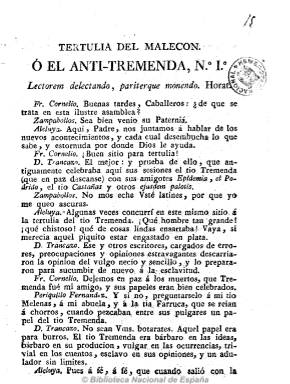
Título: Tertulia del Malecón o El Anti-Tremenda
Otros títulos: Tertulia del Malecón o El Anti Tremenda || El Anti-Tremenda
Colección: Periódicos anteriores a 1850
Ámbito geográfico: Sevilla
Lugar de publicación: Sevilla
Fechas: 01/01/1820-31/12/1820

Como réplica al periódico sevillano El Tío  Tremenda o La Tertulia del Malecón, que el periodista absolutista José María del Río había publicado durante 1812-1814, aparece esta publicación en la primavera de 1820 tras la restauración de la Constitución de Cádiz, con característica sarcástica similar pero de tendencia liberal.

Para combatir el servilismo del Tío Tremenda, utiliza igual estructura formal, es decir, da cuenta de los acontecimientos políticos y contrapone las ideas liberales a través de textos dialogados con diferentes personajes (Fr. Cornelio, Zampabollos, Aleluya o D. Trancazo), utilizando asimismo el lenguaje popular sevillano.

Salió de la imprenta de Puerta anunciándose con frecuencia semanal, en números sin fechar de cuatro u ocho páginas, y no debió de tener larga vida, quizá la misma que su contrincante servil en este periodo, es decir, El Tío Tremenda o La tertulia del barbero, la cabecera que José María del Río se ve obligado adoptar para su periódico en 1820.

El lenguaje de este título y de los otros aquí citados ha sido analizado por Lola Pons Rodríguez en la revista Philología hispalense.